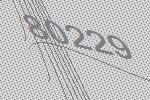
80229